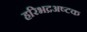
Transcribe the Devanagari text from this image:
हरिभद्रअष्टक